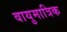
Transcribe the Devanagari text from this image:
वायुमात्रिक